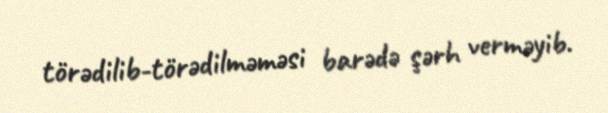
törədilib-törədilməməsi barədə şərh verməyib.